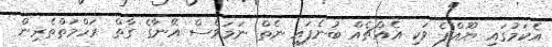
އެކަމުގައި ޔޫއްޕެ ވަކި އެއްޗެއް ބުނެފައި ނެތް ނަމަވެސް އޭނާގެ ގާތް ރަހްމަތްތެރިން